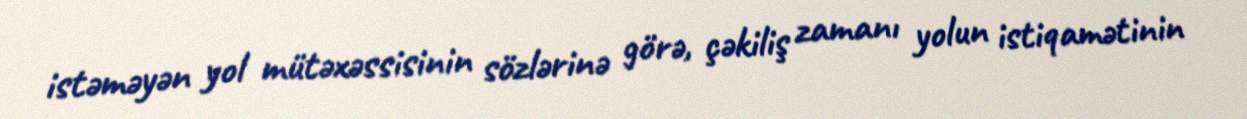
istəməyən yol mütəxəssisinin sözlərinə görə, çəkiliş zamanı yolun istiqamətinin